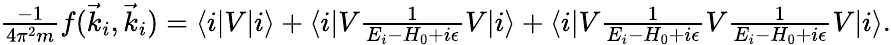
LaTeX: \begin{array}{r}{\frac{-1}{4\pi^{2}m}f(\vec{k}_{i},\vec{k}_{i})=\langle i\lvert V\lvert i\rangle+\langle i\lvert V\frac{1}{E_{i}-H_{0}+i\epsilon}V\lvert i\rangle+\langle i\lvert V\frac{1}{E_{i}-H_{0}+i\epsilon}V\frac{1}{E_{i}-H_{0}+i\epsilon}V\lvert i\rangle.}\end{array}